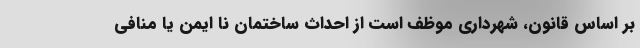
بر اساس قانون، شهرداری موظف است از احداث ساختمان نا ایمن یا منافی